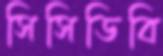
সিসিডিবি